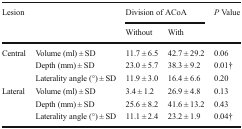
| <ROWSPAN=2> Lesion | <ROWSPAN=2>  | <COLSPAN=2> Division of ACoA | <ROWSPAN=2> P Value |
 | Without | With |
 | --- | --- | --- | --- | --- |
 | <ROWSPAN=3> Central | Volume (ml) ± SD | 11.7 ± 6.5 | 42.7 ± 29.2 | 0.06 |
 | Depth (mm) ± SD | 23.0 ± 5.7 | 38.3 ± 9.2 | 0.01† |
 | Laterality angle (°) ± SD | 11.9 ± 3.0 | 16.4 ± 6.6 | 0.20 |
 | <ROWSPAN=3> Lateral | Volume (ml) ± SD | 3.4 ± 1.2 | 26.9 ± 4.8 | 0.13 |
 | Depth (mm) ± SD | 25.6 ± 8.2 | 41.6 ± 13.2 | 0.43 |
 | Laterality angle (°) ± SD | 11.1 ± 2.4 | 23.2 ± 1.9 | 0.04† |